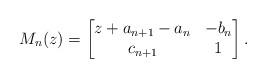
LaTeX: \begin{align*}M_n(z)=\begin{bmatrix}z+a_{n+1}-a_n&-b_n \\c_{n+1}&1\end{bmatrix}.\end{align*}